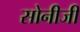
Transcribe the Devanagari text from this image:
सोनीजी